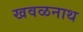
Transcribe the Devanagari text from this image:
खवळनाथ